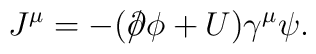
J^\mu = -(/\hspace{-0.5em}\partial\phi + U)\gamma^\mu\psi.